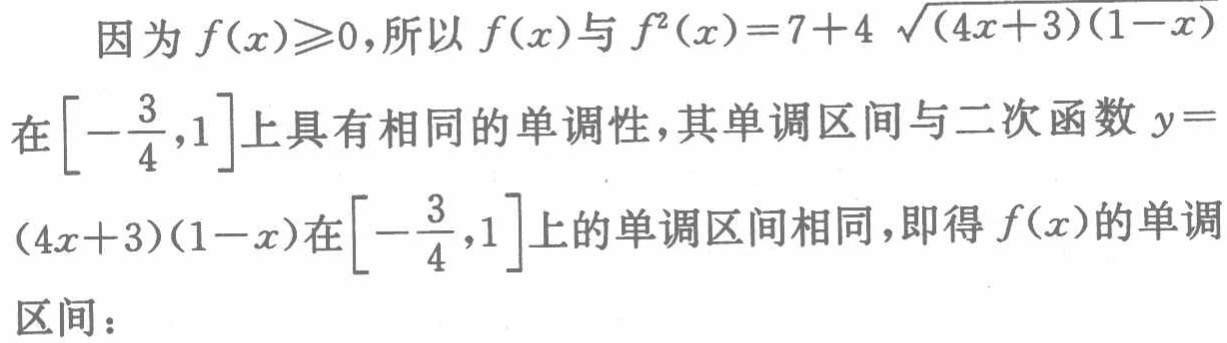
因为 \(f(x)\geqslant0\)，所以 \(f(x)\) 与 \(f^{2}(x)=7 + 4\sqrt{(4x + 3)(1 - x)}\) 在 \(\left[-\frac{3}{4},1\right]\) 上具有相同的单调性，其单调区间与二次函数 \(y =(4x + 3)(1 - x)\) 在 \(\left[-\frac{3}{4},1\right]\) 上的单调区间相同，即得 \(f(x)\) 的单调区间：